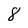
Character: 8